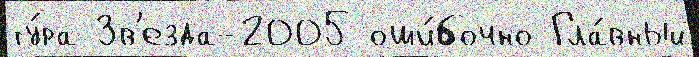
ту́ра Зв'езда-2005 оши́бочно Гла́вный